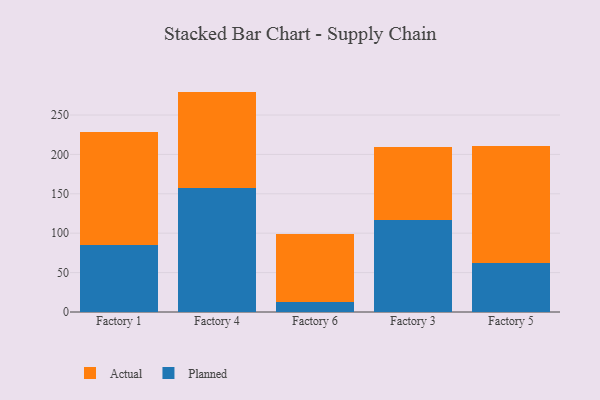
{"axis": {"x": "Factory", "y": "Operating Costs (USD K)"}, "legend": ["Actual", "Planned"], "data": [{"x": "Factory 1", "y": 85.0, "type": "Planned"}, {"x": "Factory 1", "y": 144.0, "type": "Actual"}, {"x": "Factory 4", "y": 156.9, "type": "Planned"}, {"x": "Factory 4", "y": 122.8, "type": "Actual"}, {"x": "Factory 6", "y": 13.2, "type": "Planned"}, {"x": "Factory 6", "y": 86.2, "type": "Actual"}, {"x": "Factory 3", "y": 117.3, "type": "Planned"}, {"x": "Factory 3", "y": 92.2, "type": "Actual"}, {"x": "Factory 5", "y": 62.5, "type": "Planned"}, {"x": "Factory 5", "y": 148.5, "type": "Actual"}]}